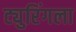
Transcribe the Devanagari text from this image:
ट्युरिंगला